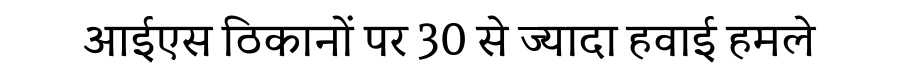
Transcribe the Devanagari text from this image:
आईएस ठिकानों पर 30 से ज्यादा हवाई हमले